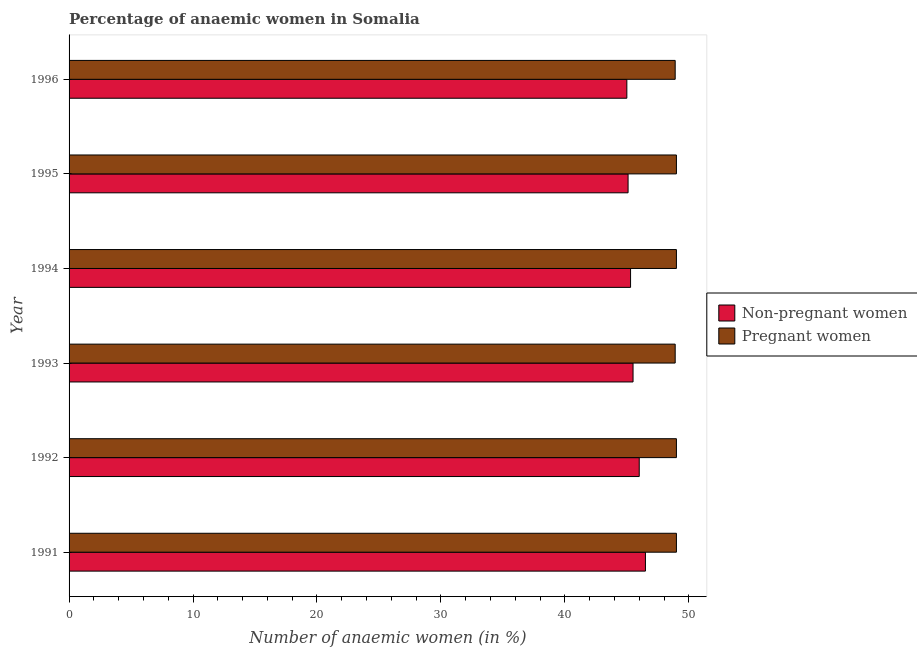
| Year | Non-pregnant women | Pregnant women |
 | --- | --- | --- |
 | 1991 | 46.5 | 49 |
 | 1992 | 46 | 49 |
 | 1993 | 45.5 | 48.9 |
 | 1994 | 45.3 | 49 |
 | 1995 | 45.1 | 49 |
 | 1996 | 45 | 48.9 |